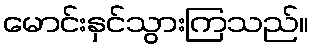
မောင်းနှင်သွားကြသည်။